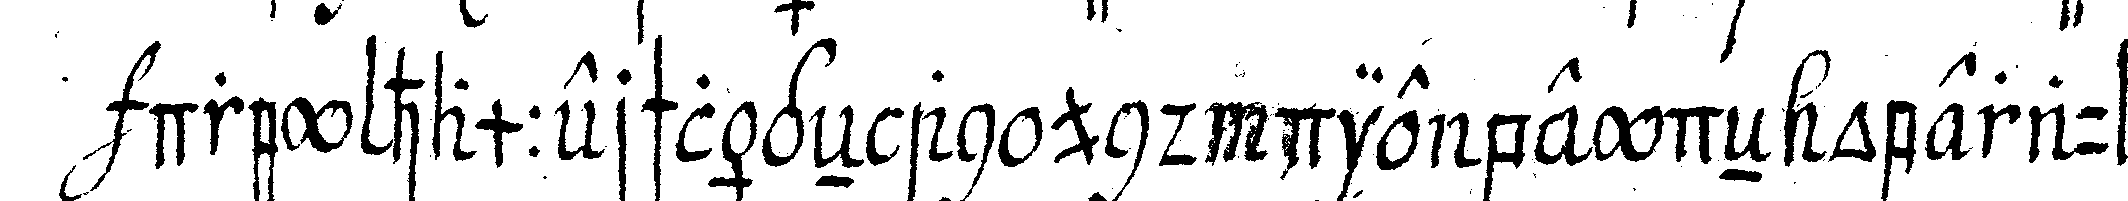
drey hammerschlägeN an und die beydeN oberauf